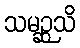
သမဉ္ဆသိ